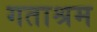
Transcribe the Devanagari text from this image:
गताश्रम